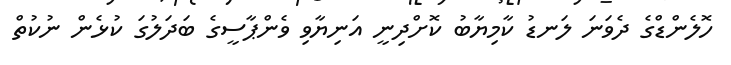
ހޮލެންޑްގެ ދެވަނަ ލަނޑު ކާމިޔާބު ކޮށްދިނީ އަނިޔާވި ވެންޕާސީގެ ބަދަލުގަ ކުޅެން ނުކުތް